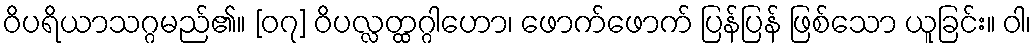
ဝိပရိယာသဂ္ဂမည်၏။ [၀၇] ဝိပလ္လတ္ထဂ္ဂါဟော၊ ဖောက်ဖောက် ပြန်ပြန် ဖြစ်သော ယူခြင်း။ ဝါ၊